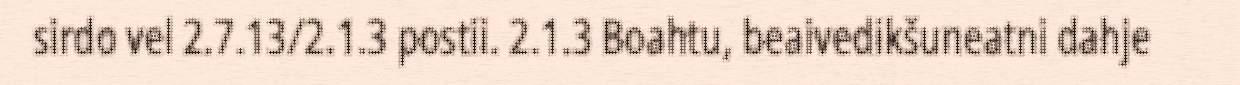
sirdo vel 2.7.13/2.1.3 postii. 2.1.3 Boahtu, beaivedikšuneatni dahje